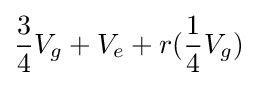
{\frac {3}{4}}V_{g}+V_{e}+r({{\frac {1}{4}}V_{g}})